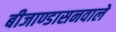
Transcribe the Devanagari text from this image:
बीजाण्डासनवाले